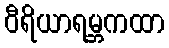
ဝီရိယာရမ္ဘကထာ